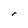
Character: r